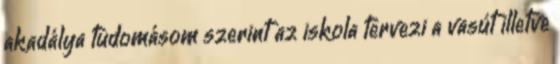
akadálya tudomásom szerint az iskola tervezi a vasút illetve